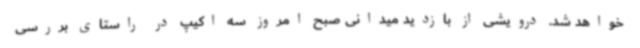
خواهد شد. درویشی از بازدید میدانی صبح امروز سه اکیپ در راستای بررسی